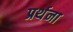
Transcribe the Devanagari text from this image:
प्रर्थना